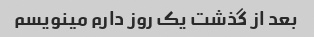
بعد از گذشت یک روز دارم مینویسم